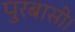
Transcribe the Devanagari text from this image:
पुरबासी।